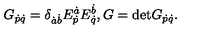
G _ { \dot { p } \dot { q } } = \delta _ { \dot { a } \dot { b } } E _ { \dot { p } } ^ { \dot { a } } E _ { \dot { q } } ^ { \dot { b } } , G = \mathrm { d e t } G _ { \dot { p } \dot { q } } .